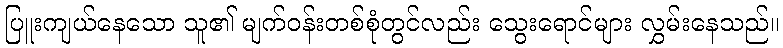
ပြူးကျယ်နေသော သူ၏ မျက်ဝန်းတစ်စုံတွင်လည်း သွေးရောင်များ လွှမ်းနေသည်။